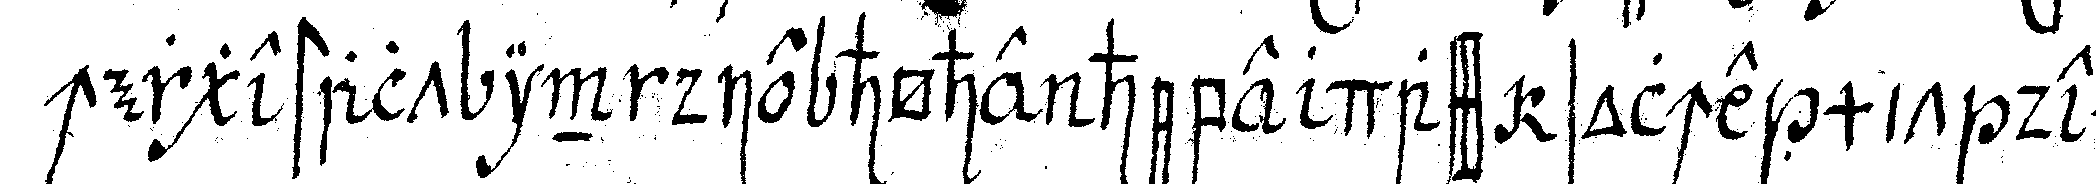
chergestalt in die höhe hebe dass solche mit dem